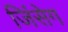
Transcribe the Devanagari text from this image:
जिंसेग